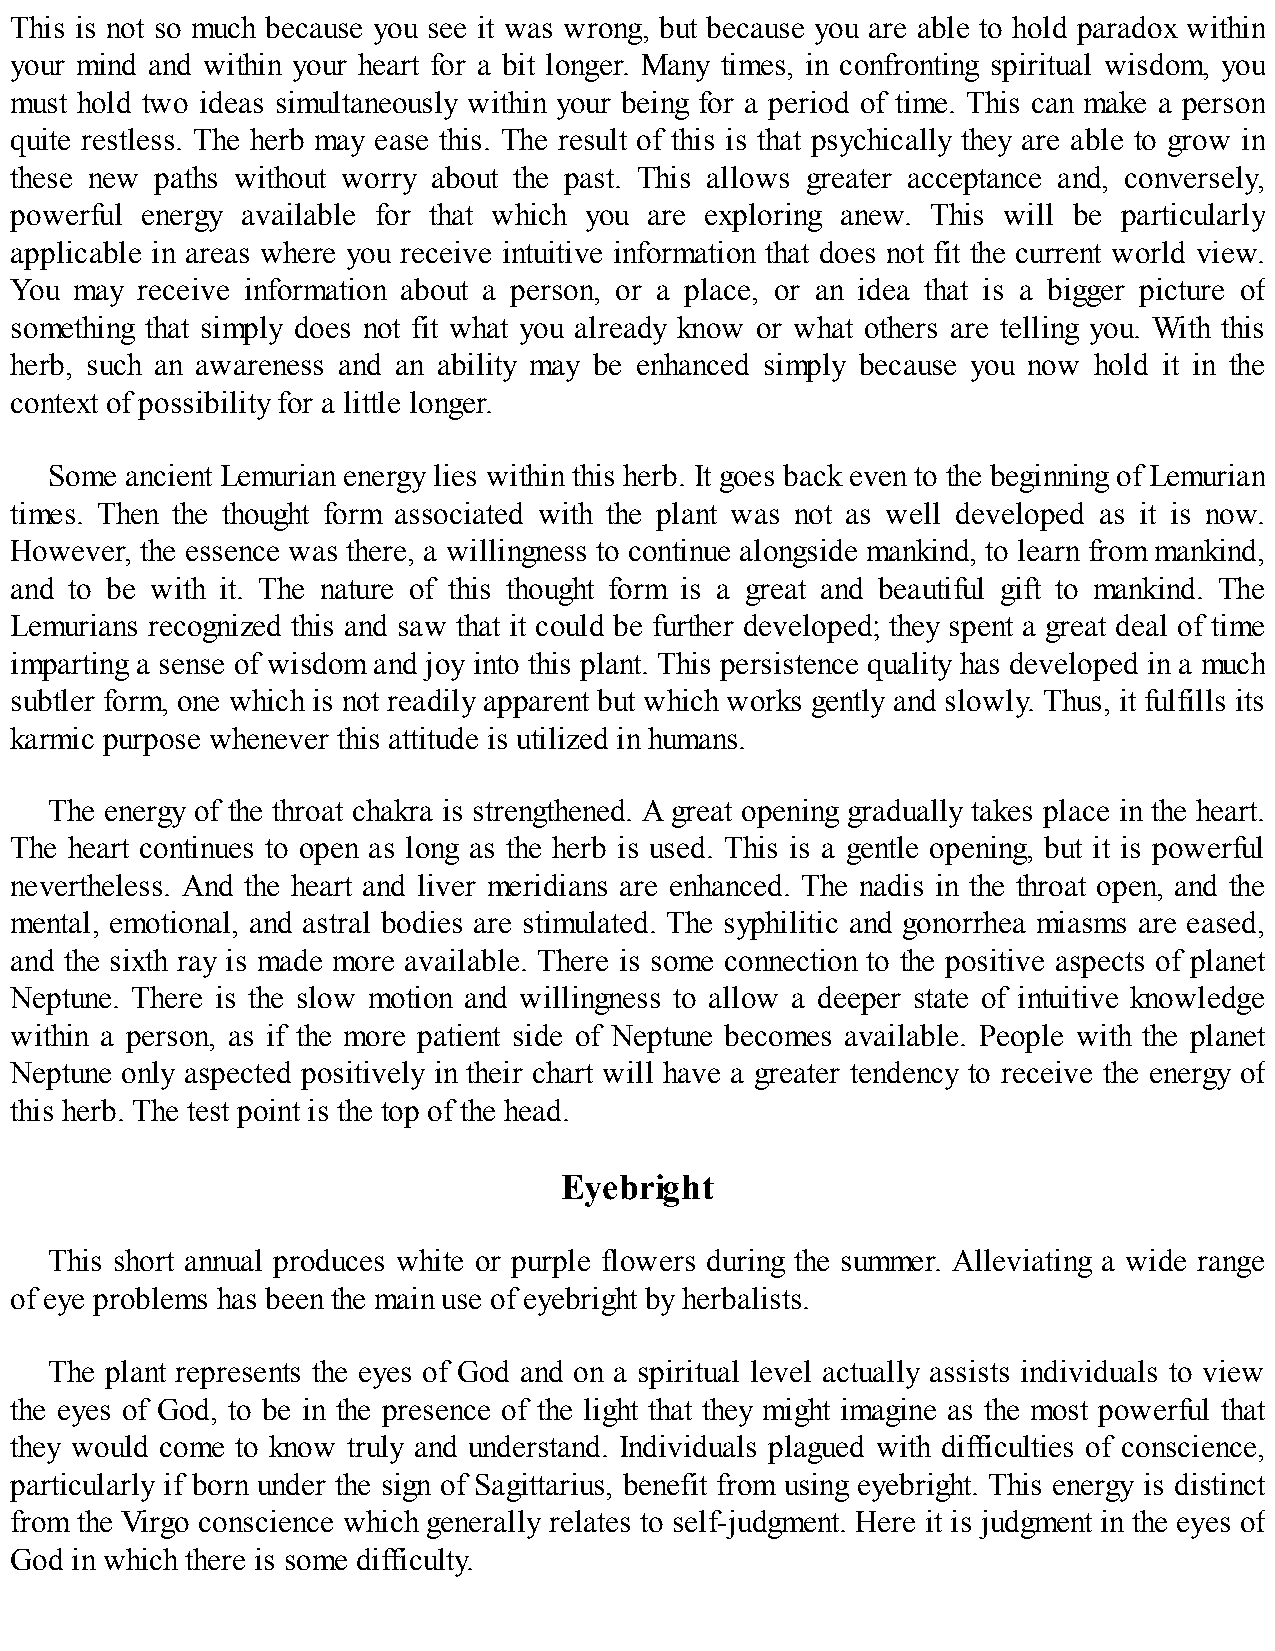
This is not so much because you see it was wrong, but because you are able to hold paradox within
 your mind and within your heart for a bit longer. Many times, in confronting spiritual wisdom, you
 must hold two ideas simultaneously within your being for a period of time. This can make a person
 quite restless. The herb may ease this. The result of this is that psychically they are able to grow in
 these new paths without worry about the past. This allows greater acceptance and, conversely,
 powerful energy available for that which you are exploring anew. This will be particularly
 applicable in areas where you receive intuitive information that does not fit the current world view.
 You may receive information about a person, or a place, or an idea that is a bigger picture of
 something that simply does not fit what you already know or what others are telling you. With this
 herb, such an awareness and an ability may be enhanced simply because you now hold it in the
 context of possibility for a little longer.
 Some ancient Lemurian energy lies within this herb. It goes back even to the beginning of Lemurian
 times. Then the thought form associated with the plant was not as well developed as it is now.
 However, the essence was there, a willingness to continue alongside mankind, to learn from mankind,
 and to be with it. The nature of this thought form is a great and beautiful gift to mankind. The
 Lemurians recognized this and saw that it could be further developed; they spent a great deal of time
 imparting a sense of wisdom and joy into this plant. This persistence quality has developed in a much
 subtler form, one which is not readily apparent but which works gently and slowly. Thus, it fulfills its
 karmic purpose whenever this attitude is utilized in humans.
 The energy of the throat chakra is strengthened. A great opening gradually takes place in the heart.
 The heart continues to open as long as the herb is used. This is a gentle opening, but it is powerful
 nevertheless. And the heart and liver meridians are enhanced. The nadis in the throat open, and the
 mental, emotional, and astral bodies are stimulated. The syphilitic and gonorrhea miasms are eased,
 and the sixth ray is made more available. There is some connection to the positive aspects of planet
 Neptune. There is the slow motion and willingness to allow a deeper state of intuitive knowledge
 within a person, as if the more patient side of Neptune becomes available. People with the planet
 Neptune only aspected positively in their chart will have a greater tendency to receive the energy of
 this herb. The test point is the top of the head.
 Eyebright
 This short annual produces white or purple flowers during the summer. Alleviating a wide range
 of eye problems has been the main use of eyebright by herbalists.
 The plant represents the eyes of God and on a spiritual level actually assists individuals to view
 the eyes of God, to be in the presence of the light that they might imagine as the most powerful that
 they would come to know truly and understand. Individuals plagued with difficulties of conscience,
 particularly if born under the sign of Sagittarius, benefit from using eyebright. This energy is distinct
 from the Virgo conscience which generally relates to self-judgment. Here it is judgment in the eyes of
 God in which there is some difficulty.